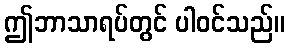
ဤဘာသာရပ်တွင် ပါဝင်သည်။